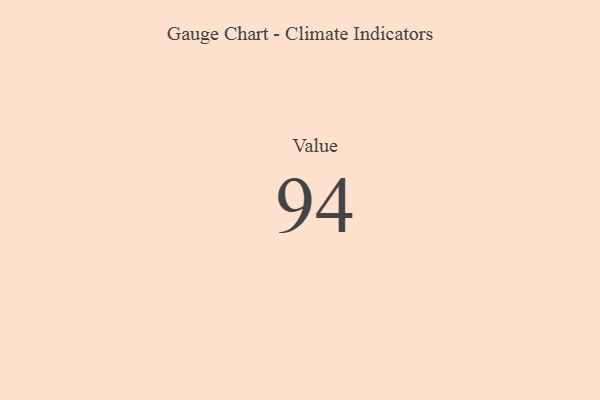
{"axis": {"x": "Metric", "y": "Value"}, "legend": [""], "data": [{"x": "Value", "y": 94, "type": ""}]}